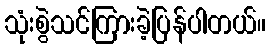
သုံးစွဲသင်ကြားခဲ့ပြန်ပါတယ်။